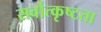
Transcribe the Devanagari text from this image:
सर्वोत्कृष्टता